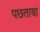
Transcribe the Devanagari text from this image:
पछताबा